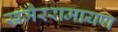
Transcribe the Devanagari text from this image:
खमैररामायण